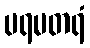
ပရမတရံ